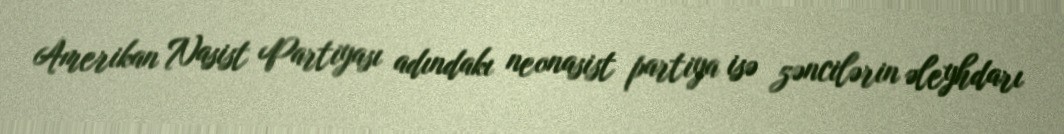
Amerikan Nasist Partiyası adındakı neonasist partiya isə zəncilərin əleyhdarı